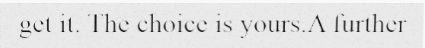
get it. The choice is yours.A further